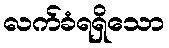
လက်ခံရရှိသော